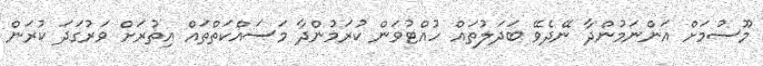
މޫސުމަށް އަންނަމުންދާ ނޭދެވޭ ބަދަލުތައް ހުއްޓުވަން ކުރަމުންދާ މަސައްކަތްތައް އިތުރަށް ވަރުގަދަ ކުރަން